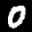
Label: 0